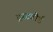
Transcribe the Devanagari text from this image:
ट्रस्टबोर्ड